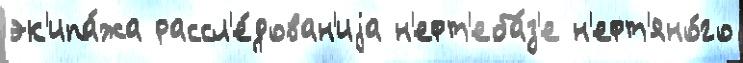
эк'ипа́жа рассл'е́дован'иjа н'ефт'еба́з'е н'ефт'яно́го